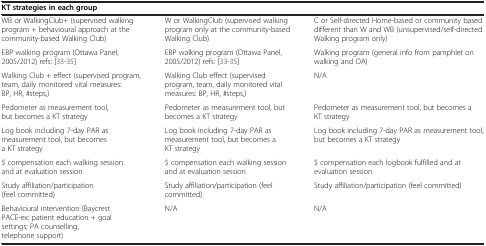
<table><thead><tr><td colspan="3"><b>KT strategies in each group</b></td></tr></thead><tbody><tr><td>WB or WalkingClub+ (supervised walking program + behavioural approach at the community-based Walking Club)</td><td>W or WalkingClub (supervised walking program only at the community-based Walking Club)</td><td>C or Self-directed Home-based or community based different than W and WB (unsupervised/self-directed Walking program only)</td></tr><tr><td>EBP walking program (Ottawa Panel, 2005/2012) refs: [33-35]</td><td>EBP walking program (Ottawa Panel, 2005/2012) refs: [33-35]</td><td>Walking program (general info from pamphlet on walking and OA)</td></tr><tr><td>Walking Club + effect (supervised program, team, daily monitored vital measures: BP, HR, #steps,)</td><td>Walking Club effect (supervised program, team, daily monitored vital measures: BP, HR, #steps,)</td><td>N/A</td></tr><tr><td>Pedometer as measurement tool, but becomes a KT strategy</td><td>Pedometer as measurement tool, but becomes a KT strategy</td><td>Pedometer as measurement tool, but becomes a KT strategy</td></tr><tr><td>Log book including 7-day PAR as measurement tool, but becomes a KT strategy</td><td>Log book including 7-day PAR as measurement tool, but becomes a KT strategy</td><td>Log book including 7-day PAR as measurement tool, but becomes a KT strategy</td></tr><tr><td>$ compensation each walking session and at evaluation session</td><td>$ compensation each walking session and at evaluation session</td><td>$ compensation each logbook fulfilled and at evaluation session</td></tr><tr><td>Study affiliation/participation (feel committed)</td><td>Study affiliation/participation (feel committed)</td><td>Study affiliation/participation (feel committed)</td></tr><tr><td>Behavioural intervention (Baycrest PACE-ex: patient education + goal settings; PA counselling, telephone support)</td><td>N/A</td><td>N/A</td></tr></tbody></table>